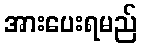
အားပေးရမည်